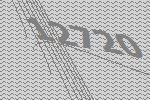
12720